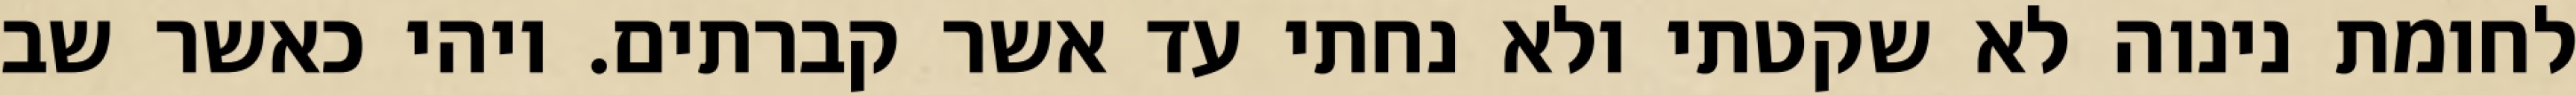
לחומת נינוה לא שקטתי ולא נחתי עד אשר קברתים. ויהי כאשר שב